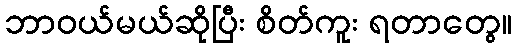
ဘာဝယ်မယ်ဆိုပြီး စိတ်ကူး ရတာတွေ။